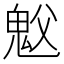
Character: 𫙉